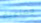
جماعية